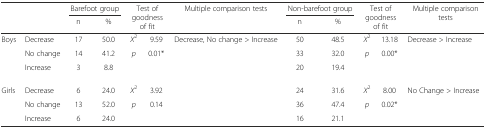
<table><thead><tr><td rowspan="2" colspan="2"></td><td colspan="2"><b>Barefoot group</b></td><td rowspan="2" colspan="2"><b>Test of goodness of fit</b></td><td rowspan="2"><b>Multiple comparison tests</b></td><td colspan="2"><b>Non-barefoot group</b></td><td rowspan="2" colspan="2"><b>Test of goodness of fit</b></td><td rowspan="2" colspan="2"><b>Multiple comparison tests</b></td></tr><tr><td><b>n</b></td><td><b>%</b></td><td><b>n</b></td><td><b>%</b></td></tr></thead><tbody><tr><td rowspan="3">Boys</td><td>Decrease</td><td>17</td><td>50.0</td><td><i>X</i><sup>2</sup></td><td>9.59</td><td>Decrease, No change &gt; Increase</td><td>50</td><td>48.5</td><td><i>X</i><sup>2</sup></td><td>13.18</td><td>Decrease &gt; Increase</td><td></td></tr><tr><td>No change</td><td>14</td><td>41.2</td><td><i>p</i></td><td>0.01*</td><td></td><td>33</td><td>32.0</td><td><i>p</i></td><td>0.00*</td><td colspan="2"></td></tr><tr><td>Increase</td><td>3</td><td>8.8</td><td></td><td></td><td></td><td>20</td><td>19.4</td><td></td><td></td><td colspan="2"></td></tr><tr><td rowspan="3">Girls</td><td>Decrease</td><td>6</td><td>24.0</td><td><i>X</i><sup>2</sup></td><td>3.92</td><td></td><td>24</td><td>31.6</td><td><i>X</i><sup>2</sup></td><td>8.00</td><td colspan="2">No Change &gt; Increase</td></tr><tr><td>No change</td><td>13</td><td>52.0</td><td><i>p</i></td><td>0.14</td><td></td><td>36</td><td>47.4</td><td><i>p</i></td><td>0.02*</td><td colspan="2"></td></tr><tr><td>Increase</td><td>6</td><td>24.0</td><td></td><td></td><td></td><td>16</td><td>21.1</td><td></td><td></td><td colspan="2"></td></tr></tbody></table>